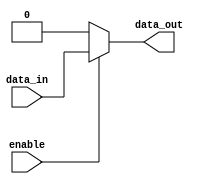
module active_high_buffer (
    input wire data_in,
    input wire enable,
    output reg data_out
);

always @(*) begin
    if (enable == 1'b1) begin
        data_out = data_in;
    end else begin
        data_out = 1'b0;
    end
end

endmodule